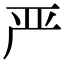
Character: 严